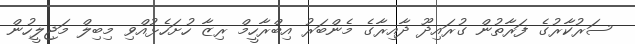
ސަރުކާރުގެ ފަރާތުން ގުރައިދޫ ދާއިރާގެ މެންބަރު އިބްރާހީމް ރިޒާ ހުށަހެޅުއްވި މިބިލް މަޖިލީހުން